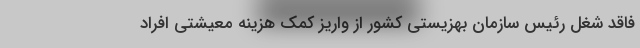
فاقد شغل رئیس سازمان بهزیستی کشور از واریز کمک هزینه معیشتی افراد